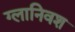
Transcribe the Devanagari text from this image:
ग्लानिवश